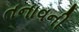
તનાવની